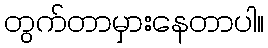
တွက်တာမှားနေတာပါ။